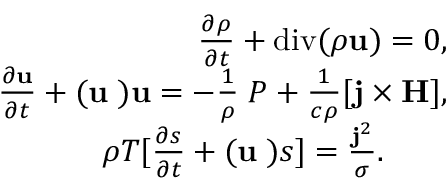
\begin{array} { r } { \frac { \partial \rho } { \partial t } + \mathrm { d i v } ( \rho { \bf u } ) = 0 , } \\ { \frac { \partial { \bf u } } { \partial t } + ( { \bf u \nabla ) u } = - \frac { 1 } { \rho } { \bf \nabla } P + \frac { 1 } { c \rho } [ { \bf { j \times H } } ] , } \\ { \rho T [ \frac { \partial { s } } { \partial t } + ( { \bf u \nabla ) } s ] = \frac { { \bf j } ^ { 2 } } { \sigma } . \qquad } \end{array}